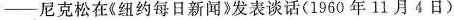
——尼克松在《纽约每日新闻》发表谈话(1960年11月4日)